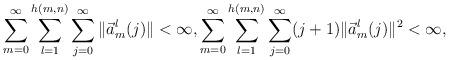
LaTeX: \begin{align*} \sum _{m=0}^{\infty }\sum _{l=1}^{h(m,n)}\sum_{j=0}^\infty \|\vec a_m^l(j)\|<\infty,\sum _{m=0}^{\infty }\sum _{l=1}^{h(m,n)}\sum_{j=0}^\infty (j+1)\|\vec a_m^l(j)\|^2<\infty,\end{align*}